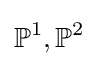
\mathbb {P} ^{1},\mathbb {P} ^{2}